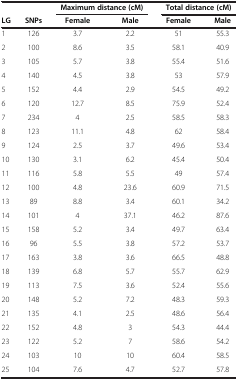
<table><thead><tr><td><b> </b></td><td><b> </b></td><td colspan="2"><b>Maximum distance (cM)</b></td><td colspan="2"><b>Total distance (cM)</b></td></tr><tr><td><b>LG</b></td><td><b>SNPs</b></td><td><b>Female</b></td><td><b>Male</b></td><td><b>Female</b></td><td><b>Male</b></td></tr></thead><tbody><tr><td>1</td><td>126</td><td>3.7</td><td>2.2</td><td>51</td><td>55.3</td></tr><tr><td>2</td><td>100</td><td>8.6</td><td>3.5</td><td>58.1</td><td>40.9</td></tr><tr><td>3</td><td>105</td><td>5.7</td><td>3.8</td><td>55.4</td><td>51.6</td></tr><tr><td>4</td><td>140</td><td>4.5</td><td>3.8</td><td>53</td><td>57.9</td></tr><tr><td>5</td><td>152</td><td>4.4</td><td>2.9</td><td>54.5</td><td>49.2</td></tr><tr><td>6</td><td>120</td><td>12.7</td><td>8.5</td><td>75.9</td><td>52.4</td></tr><tr><td>7</td><td>234</td><td>4</td><td>2.5</td><td>58.5</td><td>58.3</td></tr><tr><td>8</td><td>123</td><td>11.1</td><td>4.8</td><td>62</td><td>58.4</td></tr><tr><td>9</td><td>124</td><td>2.5</td><td>3.7</td><td>49.6</td><td>53.4</td></tr><tr><td>10</td><td>130</td><td>3.1</td><td>6.2</td><td>45.4</td><td>50.4</td></tr><tr><td>11</td><td>116</td><td>5.8</td><td>5.5</td><td>49</td><td>57.4</td></tr><tr><td>12</td><td>100</td><td>4.8</td><td>23.6</td><td>60.9</td><td>71.5</td></tr><tr><td>13</td><td>89</td><td>8.8</td><td>3.4</td><td>60.1</td><td>34.2</td></tr><tr><td>14</td><td>101</td><td>4</td><td>37.1</td><td>46.2</td><td>87.6</td></tr><tr><td>15</td><td>158</td><td>5.2</td><td>3.4</td><td>49.7</td><td>63.4</td></tr><tr><td>16</td><td>96</td><td>5.5</td><td>3.8</td><td>57.2</td><td>53.7</td></tr><tr><td>17</td><td>163</td><td>3.8</td><td>3.6</td><td>66.5</td><td>48.8</td></tr><tr><td>18</td><td>139</td><td>6.8</td><td>5.7</td><td>55.7</td><td>62.9</td></tr><tr><td>19</td><td>113</td><td>7.5</td><td>3.6</td><td>52.4</td><td>55.6</td></tr><tr><td>20</td><td>148</td><td>5.2</td><td>7.2</td><td>48.3</td><td>59.3</td></tr><tr><td>21</td><td>135</td><td>4.1</td><td>2.5</td><td>48.6</td><td>56.4</td></tr><tr><td>22</td><td>152</td><td>4.8</td><td>3</td><td>54.3</td><td>44.4</td></tr><tr><td>23</td><td>122</td><td>5.2</td><td>7</td><td>58.6</td><td>54.2</td></tr><tr><td>24</td><td>103</td><td>10</td><td>10</td><td>60.4</td><td>58.5</td></tr><tr><td>25</td><td>104</td><td>7.6</td><td>4.7</td><td>52.7</td><td>57.8</td></tr></tbody></table>